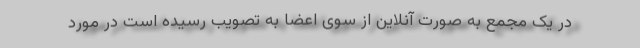
در یک مجمع به صورت آنلاین از سوی اعضا به تصویب رسیده است در مورد